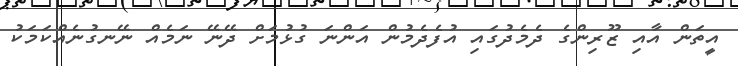
އީތަން އާއި ޒޫރިންގެ ދެމެދުގައި އުފެދެމުން އަންނަ ގުޅުމަށް ދޭނޭ ނަމެއް ނޭނގުނެއްކަމަކު